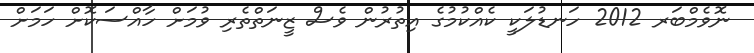
ނޮވެމްބަރ 2012 ހަނޑުލަކީ ކެއްކުމުގެ އިތުރުން ވެސް ޒީނަތްތެރި ވުމަށް ހާއްސަކޮށް ހަމަށް